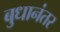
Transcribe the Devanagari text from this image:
बुधानंतर